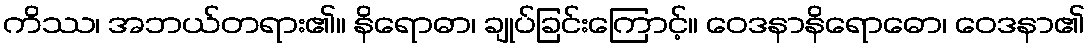
ကိဿ၊ အဘယ်တရား၏။ နိရောဓာ၊ ချုပ်ခြင်းကြောင့်။ ဝေဒနာနိရောဓော၊ ဝေဒနာ၏